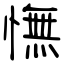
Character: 憮